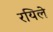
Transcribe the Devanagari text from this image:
रयिले